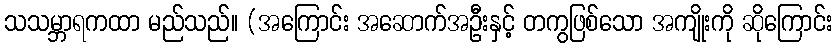
သသမ္ဘာရကထာ မည်သည်။ (အကြောင်း အဆောက်အဦးနှင့် တကွဖြစ်သော အကျိုးကို ဆိုကြောင်း